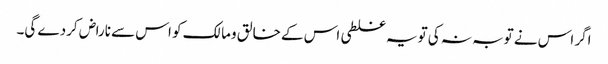
اگر اس نے توبہ نہ کی تویہ غلطی اس کے خالق ومالک کو اس سے ناراض کردے گی۔